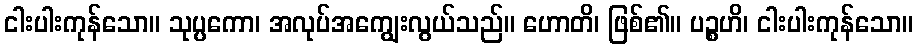
ငါးပါးကုန်သော။ သုပ္ပကော၊ အလုပ်အကျွေးလွယ်သည်။ ဟောတိ၊ ဖြစ်၏။ ပဉ္စဟိ၊ ငါးပါးကုန်သော။